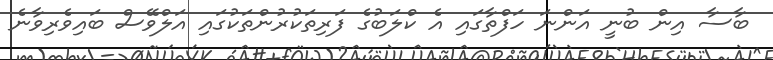
ބާސާ އިން ބުނީ އަންނަ ހަފްތާގައި އެ ކްލަބުގެ ފަރިތަކުރުންތަކުގައި އަލްވޭސް ބައިވެރިވާނެ